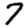
Digit: 7